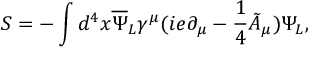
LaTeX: S = - \int d ^ { 4 } x { \overline { { { \Psi } } } _ { L } } \gamma ^ { \mu } ( i e \partial _ { \mu } - \frac { 1 } { 4 } { \tilde { A } } _ { \mu } ) \Psi _ { L } ,